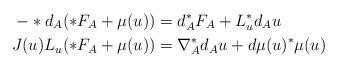
LaTeX: \begin{align*} -*d_A( *F_A + \mu(u)) &= d_A^*F_A + L_u^* d_A u \\J(u) L_u(*F_A + \mu(u))&= \nabla_A^* d_A u + d\mu(u)^* \mu(u)\end{align*}